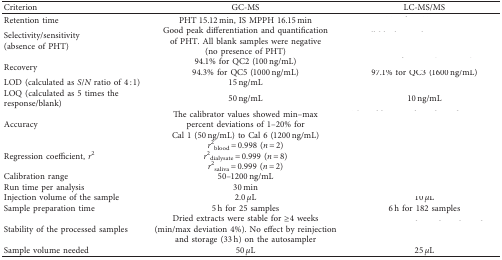
<table><thead><tr><td><b>Criterion</b></td><td><b>GC-MS</b></td><td><b>LC-MS/MS</b></td></tr></thead><tbody><tr><td>Retention time</td><td>PHT 15.12 min, IS MPPH 16.15 min</td><td>[EMPTY_CELL]</td></tr><tr><td>Selectivity/sensitivity (absence of PHT)</td><td>Good peak differentiation and quantification of PHT. All blank samples were negative (no presence of PHT)</td><td>[EMPTY_CELL]</td></tr><tr><td rowspan="2">Recovery</td><td>94.1% for QC2 (100 ng/mL)</td><td>[EMPTY_CELL]</td></tr><tr><td>94.3% for QC5 (1000 ng/mL)</td><td>97.1% for QC3 (1600 ng/mL)</td></tr><tr><td>LOD (calculated as <i>S</i>/<i>N</i> ratio of 4 : 1)</td><td>15 ng/mL</td><td>[EMPTY_CELL]</td></tr><tr><td>LOQ (calculated as 5 times the response/blank)</td><td>50 ng/mL</td><td>10 ng/mL</td></tr><tr><td>Accuracy</td><td>The calibrator values showed min–max percent deviations of 1–20% for Cal 1 (50 ng/mL) to Cal 6 (1200 ng/mL)</td><td>[EMPTY_CELL]</td></tr><tr><td>Regression coefficient, <i>r</i><sup>2</sup></td><td><i>r</i><sup>2</sup><sub>blood</sub> = 0.998 (<i>n</i> = 2)<i>r</i><sup>2</sup><sub>dialysate</sub> = 0.999 (<i>n</i> = 8)<i>r</i><sup>2</sup><sub>saliva</sub> = 0.999 (<i>n</i> = 2)</td><td>[EMPTY_CELL]</td></tr><tr><td>Calibration range</td><td>50–1200 ng/mL</td><td>[EMPTY_CELL]</td></tr><tr><td>Run time per analysis</td><td>30 min</td><td>[EMPTY_CELL]</td></tr><tr><td>Injection volume of the sample</td><td>2.0 <i>μ</i>L</td><td>10 <i>μ</i>L</td></tr><tr><td>Sample preparation time</td><td>5 h for 25 samples</td><td>6 h for 182 samples</td></tr><tr><td>Stability of the processed samples</td><td>Dried extracts were stable for ≥4 weeks (min/max deviation 4%). No effect by reinjection and storage (33 h) on the autosampler</td><td>[EMPTY_CELL]</td></tr><tr><td>Sample volume needed</td><td>50 <i>μ</i>L</td><td>25 <i>μ</i>L</td></tr></tbody></table>